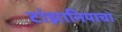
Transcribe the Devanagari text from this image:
टांझानियाचा